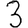
Digit: 3